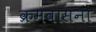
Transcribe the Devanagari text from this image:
क्रमवासना